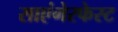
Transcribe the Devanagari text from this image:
साएंगेरफेस्ट